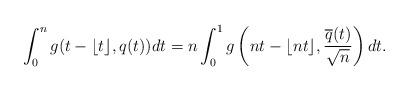
LaTeX: \begin{align*}\int_0^ng(t-\lfloor t \rfloor,q(t))dt = n\int_0^1g\left(nt-\lfloor nt \rfloor,\frac{\overline{q}(t)}{\sqrt{n}}\right)dt.\end{align*}